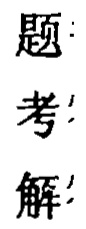
题：
考!
解!